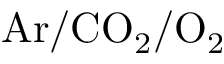
\mathrm { A r / C O _ { 2 } / O _ { 2 } }